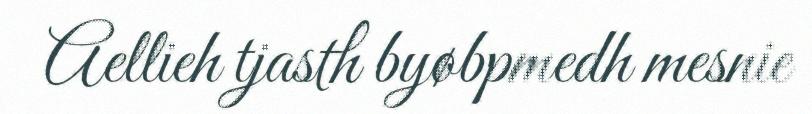
Aellieh tjasth byøbpmedh mesnie